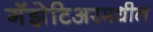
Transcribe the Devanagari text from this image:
गॅझेटिअरमधील